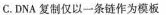
C.DNA复制仅以一条链作为模板